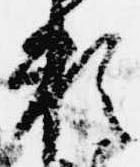
頼